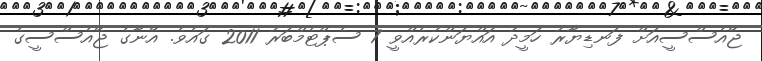
ޖޭއެސްސީއަށް ފަނޑިޔާރު ހަމީދު އައްޔަންކުރެއްވީ 7 ސެޕްޓެމްބަރު 2011 ގައެވެ. އޭނާގެ ޖޭއެސްސީގެ